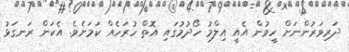
ދަރިވަރުންނަށް ހީވުން އެއީ އިލްމު ހޯދުމުގައި އޮތް ހުރަހެއް ކަމަށެވެ. އެކަން ރަނގަޅު